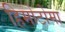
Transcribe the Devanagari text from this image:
हिमोटोमा